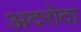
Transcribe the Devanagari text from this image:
अदरोदा